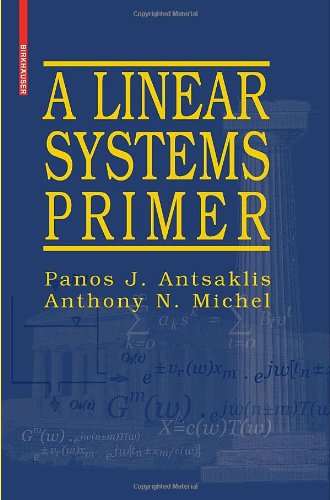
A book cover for A Linear Systems Primer; Panos J Antsaklis; Science & Math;